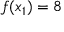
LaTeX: f ( x _ { 1 } ) = 8